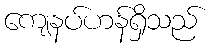
ကျေနပ်ဟန်ရှိသည်